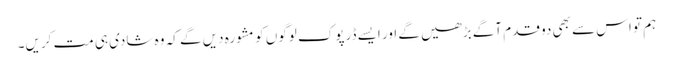
ہم تو اس سے بھی دو قدم آگے بڑھیں گے اور ایسے ڈرپوک لوگوں کو مشورہ دیں گے کہ وہ شادی ہی مت کریں۔